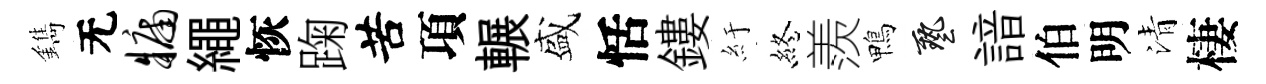
鐫无牖繩恢踘苦項輾盛恬鏤紆終羨鴨藝諳伯明清棲